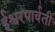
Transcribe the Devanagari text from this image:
ईश्वरपार्वती